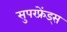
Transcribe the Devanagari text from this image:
सुपरफ्रेंड्स